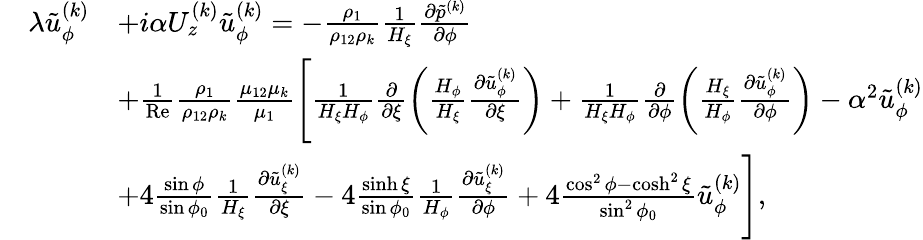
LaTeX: \begin{array}{rl}&{\begin{array}{rl}{\lambda\tilde{u}_{\phi}^{(k)}}&{+i\alpha U_{z}^{(k)}\tilde{u}_{\phi}^{(k)}=-\frac{\rho_{1}}{\rho_{12}\rho_{k}}\frac{1}{H_{\xi}}\frac{\partial\tilde{p}^{(k)}}{\partial\phi}}\\ &{+\frac{1}{\mathrm{Re}}\frac{\rho_{1}}{\rho_{12}\rho_{k}}\frac{\mu_{12}\mu_{k}}{\mu_{1}}\Biggl[\frac{1}{H_{\xi}H_{\phi}}\frac{\partial}{\partial\xi}\biggl(\frac{H_{\phi}}{H_{\xi}}\frac{\partial\tilde{u}_{\phi}^{(k)}}{\partial\xi}\biggr)+\frac{1}{H_{\xi}H_{\phi}}\frac{\partial}{\partial\phi}\biggl(\frac{H_{\xi}}{H_{\phi}}\frac{\partial\tilde{u}_{\phi}^{(k)}}{\partial\phi}\biggr)-\alpha^{2}\tilde{u}_{\phi}^{(k)}}\\ &{+4\frac{\sin\phi}{\sin\phi_{0}}\frac{1}{H_{\xi}}\frac{\partial\tilde{u}_{\xi}^{(k)}}{\partial\xi}-4\frac{\sinh\xi}{\sin\phi_{0}}\frac{1}{H_{\phi}}\frac{\partial\tilde{u}_{\xi}^{(k)}}{\partial\phi}+4\frac{\cos^{2}\phi-\cosh^{2}\xi}{\sin^{2}\phi_{0}}\tilde{u}_{\phi}^{(k)}\Biggr],}\end{array}}\end{array}